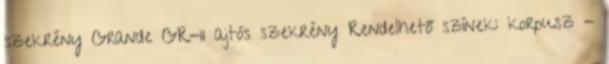
szekrény Grande GR-11 ajtós szekrény Rendelhető színek: korpusz -